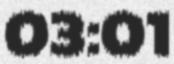
03:01